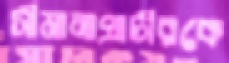
সীমানাপ্রাচীরকে